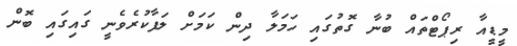
މީޑީއާ ރިޕޯޓްތައް ބުނާ ގޮތުގައި ހަމަލާ ދިން ކަމަށް ލަފާކުރެވެނީ ގައިގައި ބޮން